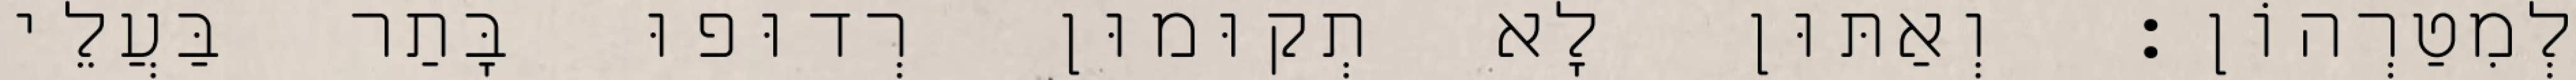
לְמִטַרְהוֹן׃ וְאַתּוּן לָא תְקוּמוּן רְדוּפוּ בָּתַר בַּעֲלֵי